Civil Veterinary Dept. Bombay admin report 1923-31 - 1923-1931
Year: 1923
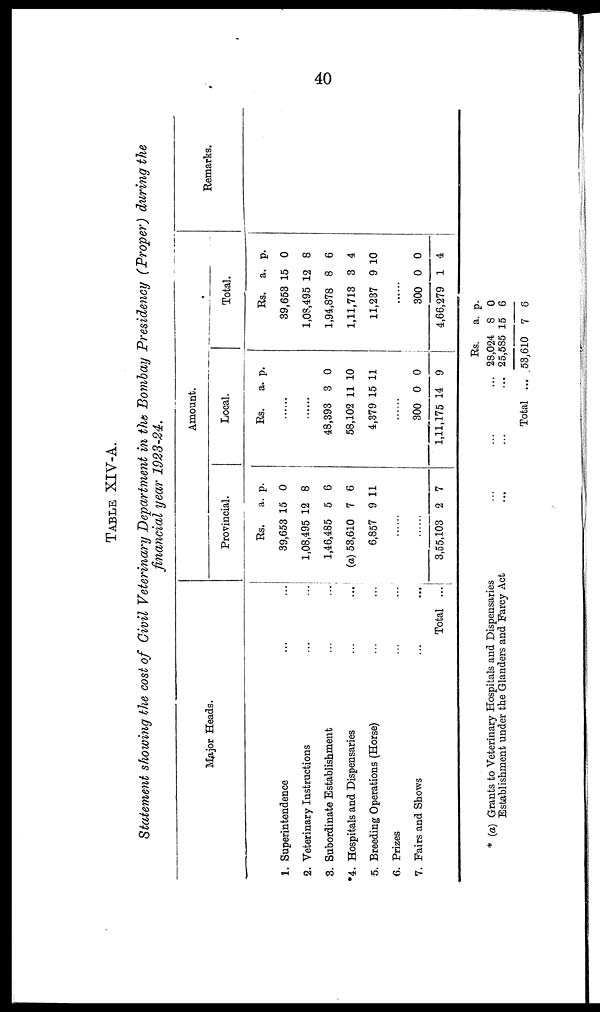
40
TABLE XIV-A.
Statement showing the cost of Civil Veterinary Department in the Bombay Presidency (Proper) during the
financial year 1923-24.
Major Heads.
1. Superintendence ... ...
2. Veterinary Instructions ... ...
3. Subordinate Establishment ... ...
*4. Hospitals and Dispensaries
...
...
5. Breeding Operations (Horse) ... ...
6. Prizes ... ...
7. Pairs and Shows
...
...
Total ...
Amount.
Provincial.
Rs.
39,653
1,08,495
1,46,485
(a) 53,610
6,857
......
......
3,55,103
a.
15
12
5
7
9
2
p.
0
8
6
6
11
7
Local.
Rs.
......
......
48,393
58,102
4,379
......
300
1,11,175
a.
3
11
15
0
14
p.
0
10
11
0
9
Total.
Rs.
39,653
1,08,495
1,94,878
1,11,713
11,237
......
300
4,66,279
a.
15
12
8
3
9
0
1
p.
0
8
6
4
10
0
4
Remarks.
* (a) Grants to Veterinary Hospitals and Dispensaries
Establishment under the Glanders and Farcy Act
Total
Rs.
28,024
25,585
53,610
a.
8
15
7
p.
0
6
6